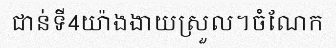
ជាន់ទី4យ៉ាងងាយស្រួល។ចំណែក